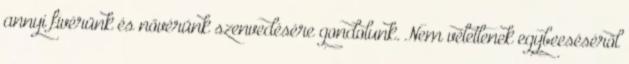
annyi fivérünk és nővérünk szenvedésére gondolunk. Nem véletlenek egybeeséséről